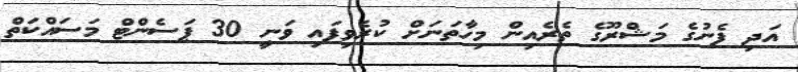
އަދި ފެނުގެ މަޝްރޫގެ ތެރެއިން މިހާތަނަށް ކުރެވިފައި ވަނީ 30 ޕަސެންޓް މަސައްކަތް